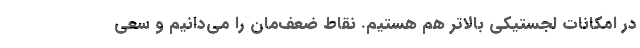
در امکانات لجستیکی بالاتر هم هستیم. نقاط ضعف‌مان را می‌دانیم و سعی